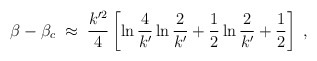
\begin{align*}\beta-\beta_c\;\approx\;{k'^2\over 4}\left[\ln{4\over k'}\ln{2\over k'}+{1\over 2}\ln{2\over k'}+{1\over 2}\right]\;,\end{align*}